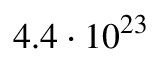
4 . 4 \cdot 1 0 ^ { 2 3 }